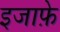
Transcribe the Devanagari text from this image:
इजाफ़े